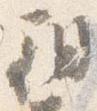
朝